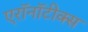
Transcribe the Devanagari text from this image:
एरॉनॉटीक्स